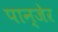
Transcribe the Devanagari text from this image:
पान्जेर